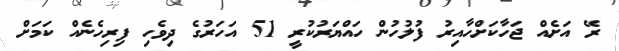
ރޭ އަށެއް ޖަހާކަށްހާއިރު ފުލުހުން ހައްޔަރުކުރީ 51 އަހަރުގެ ދިވެހި ފިރިހެނެއް ކަމަށް